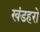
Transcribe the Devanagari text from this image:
खंडहरो